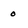
Character: 0